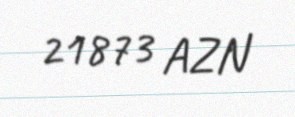
21873 AZN